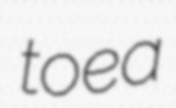
toea